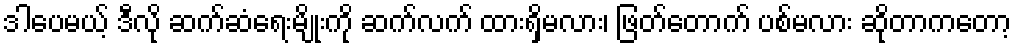
ဒါပေမယ့် ဒီလို ဆက်ဆံရေးမျိုးကို ဆက်လက် ထားရှိမလား၊ ဖြတ်တောက် ပစ်မလား ဆိုတာကတော့